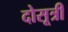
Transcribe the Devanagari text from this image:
दोसूत्री